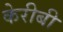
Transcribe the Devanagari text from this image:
केरीबी